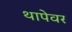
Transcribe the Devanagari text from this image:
थापेवर